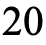
20